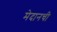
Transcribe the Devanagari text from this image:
मेदानची